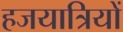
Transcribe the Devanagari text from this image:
हजयात्रियों